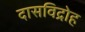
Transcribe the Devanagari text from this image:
दासविद्रोह